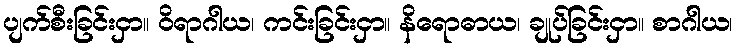
ပျက်စီးခြင်းငှာ။ ဝိရာဂါယ၊ ကင်းခြင်းငှာ။ နိရောဓာယ၊ ချုပ်ခြင်းငှာ။ စာဂါယ၊